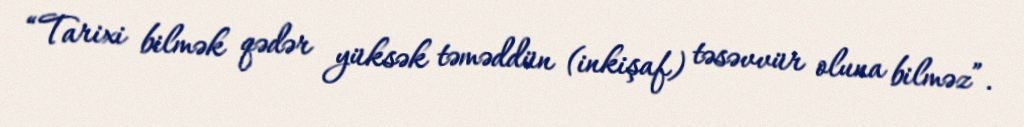
“Tarixi bilmək qədər yüksək təməddün (inkişaf) təsəvvür oluna bilməz”.